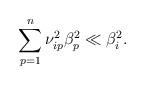
LaTeX: \begin{align*} \sum_{p=1}^n \nu_{ip}^2 \beta_p^2 \ll \beta_i^2.\end{align*}